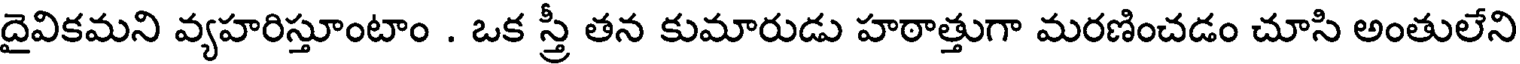
దైవికమని వ్యహరిస్తూంటాం . ఒక స్త్రీ తన కుమారుడు హఠాత్తుగా మరణించడం చూసి అంతులేని